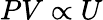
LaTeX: PV\propto U